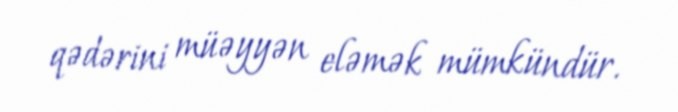
qədərini müəyyən eləmək mümkündür.